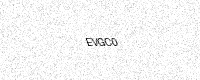
Text: EVGC0